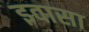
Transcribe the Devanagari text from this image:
इवासा